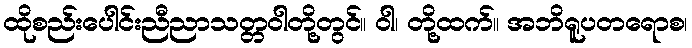
ထိုစည်းပေါင်းညီညာသတ္တဝါတို့တွင်။ ဝါ၊ တို့ထက်။ အဘိရူပတရောစ၊